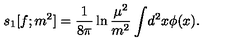
s _ { 1 } [ f ; m ^ { 2 } ] = { \frac { 1 } { 8 \pi } } \ln { \frac { \mu ^ { 2 } } { m ^ { 2 } } } \int \! d ^ { 2 } x \phi ( x ) .